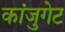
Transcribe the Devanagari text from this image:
कांजुगेट